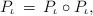
LaTeX: \begin{align*} P_{\iota} \, = \, P_{\iota} \circ P_{\iota} ,\end{align*}